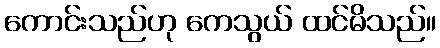
ကောင်းသည်ဟု ကေသွယ် ထင်မိသည်။